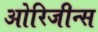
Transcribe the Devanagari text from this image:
ओरिजीन्स